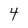
Character: 4